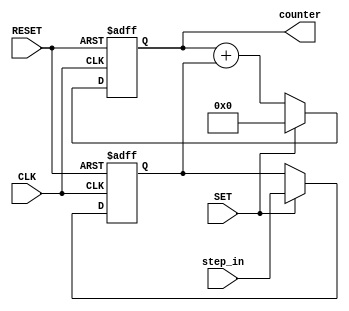
/***********************************************
Module Name:   counter
Feature:       counter, with step set
               An example for the book
Coder:         Garfield
Organization:  xxxx Group, Department of Architecture
------------------------------------------------------
Input ports:   clk: System clock
               Reset: System reset
               SET: step value set flag with a new value input
                    counter value will be reset to 0
               step_in: Set step value
Output Ports:  counter,  result
------------------------------------------------------
History:
03-08-2016: First Version by Garfield
03-08-2016: Verified by Counter_test
***********************************************/

module counter
#(parameter WIDTH = 8,
//Bit width for counter and step 
parameter INITIAL_STEP = 1)
//Initial step value
  ( 
    input CLK,
    input RESET,
    input SET,
    input[WIDTH - 1 : 0] step_in,
    output reg[WIDTH - 1 : 0] counter
  );

//Defination for Varables in the module
reg[WIDTH - 1 : 0] step;
//Stored step value


//Logicals
always @ (posedge CLK or negedge RESET)
//Counter operations
begin
    if ( !RESET)
    //Reset enable
    begin
        counter <= {(WIDTH-1){1'b0}};
    end
    else if (SET)
    //Set the step value
    begin
        counter <= {(WIDTH){1'b0}};
    end
    else
    //Increacing
    begin
        counter <= counter + step;
    end
end

always @ (posedge CLK or negedge RESET)
//Step operations
begin
    if ( !RESET)
    //Reset enable
    begin
        step <= INITIAL_STEP;
    end
    else if (SET)
    //Clear the counter
    begin
        step <= step_in;
    end
    else
    //Idle statement record the counter
    begin
    end
end

endmodule